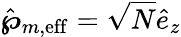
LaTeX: \hat{\boldsymbol{\wp}}_{m,\mathrm{eff}}=\sqrt{N}\hat{e}_{z}